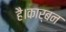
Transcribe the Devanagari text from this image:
है।कार्बन